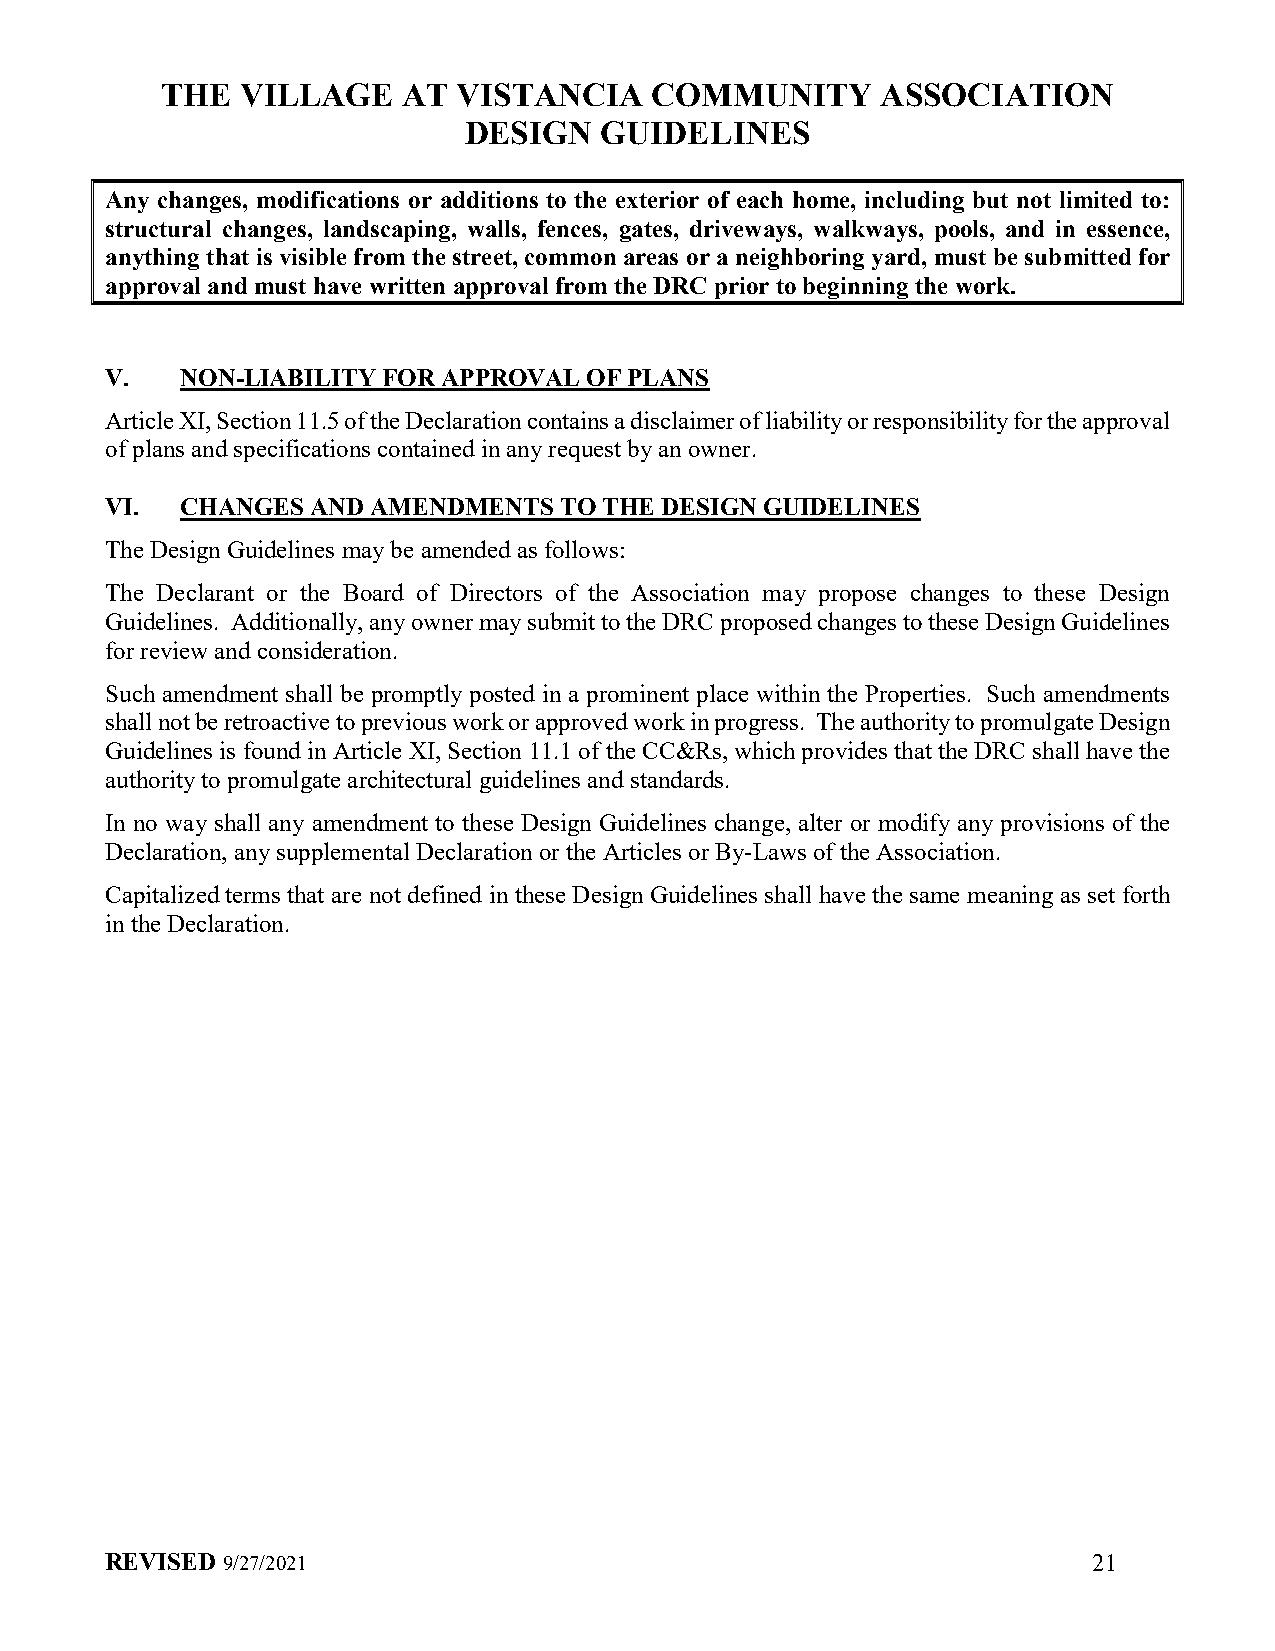
THE  VILLAGE    AT VISTANCIA    COMMUNITY      ASSOCIATION
 DESIGN   GUIDELINES
 Any changes, modifications or additions to the exterior of each home, including but not limited to:
 structural changes, landscaping, walls, fences, gates, driveways, walkways, pools, and in essence,
 anything that is visible from the street, common areas or a neighboring yard, must be submitted for
 approval and must have written approval from the DRC prior to beginning the work.
 V.   NON-LIABILITY FOR APPROVAL OF PLANS
 Article XI, Section 11.5 of the Declaration contains a disclaimer of liability or responsibility for the approval
 of plans and specifications contained in any request by an owner.
 VI.  CHANGES  AND AMENDMENTS  TO THE DESIGN GUIDELINES
 The Design Guidelines may be amended as follows:
 The Declarant or the Board of Directors of the Association may propose changes to these Design
 Guidelines. Additionally, any owner may submit to the DRC proposed changes to these Design Guidelines
 for review and consideration.
 Such amendment shall be promptly posted in a prominent place within the Properties. Such amendments
 shall not be retroactive to previous work or approved work in progress. The authority to promulgate Design
 Guidelines is found in Article XI, Section 11.1 of the CC&Rs, which provides that the DRC shall have the
 authority to promulgate architectural guidelines and standards.
 In no way shall any amendment to these Design Guidelines change, alter or modify any provisions of the
 Declaration, any supplemental Declaration or the Articles or By-Laws of the Association.
 Capitalized terms that are not defined in these Design Guidelines shall have the same meaning as set forth
 in the Declaration.
 REVISED 9/27/2021                                                21